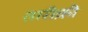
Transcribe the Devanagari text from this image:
तारीक़ी